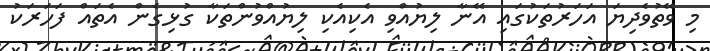
މި ވޭތުވެދިޔަ އަހަރުތަކުގައި އޭނާ ލިޔުއްވި އެކިއެކި ލިޔުއްވުންތަކާ ގުޅިގެން އެތައް ފަހަރަކު